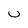
Character: u